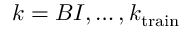
k = B I , \ldots , k _ { \mathrm { t r a i n } }